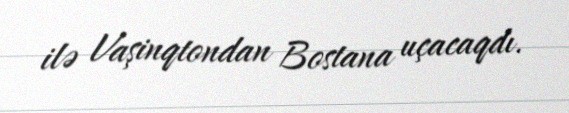
ilə Vaşinqtondan Bostana uçacaqdı.